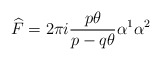
\begin{align*}\widehat{F}=2\pi i\frac{p\theta }{p-q\theta }\alpha ^{1}\alpha ^{2}\end{align*}